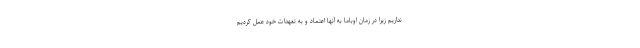
نداریم زیرا در زمان اوباما به آنها اعتماد و به تعهدات خود عمل کردیم